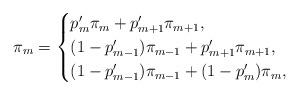
LaTeX: \begin{align*} \pi_{m} = \begin{cases} p'_{m}\pi_{m}+p'_{m+1}\pi_{m+1}, & \\ (1-p'_{m-1})\pi_{m-1}+p'_{m+1}\pi_{m+1}, & \\ (1-p'_{m-1})\pi_{m-1}+(1-p'_{m})\pi_{m}, & \end{cases} \end{align*}